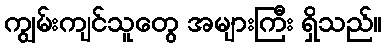
ကျွမ်းကျင်သူတွေ အများကြီး ရှိသည်။